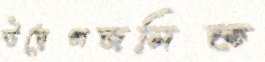
উদ্বেগজনিত